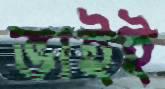
ভাইই